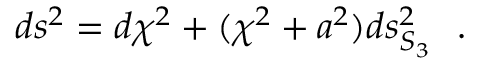
d s ^ { 2 } = d \chi ^ { 2 } + ( \chi ^ { 2 } + a ^ { 2 } ) d s _ { S _ { 3 } } ^ { 2 } ~ ~ .